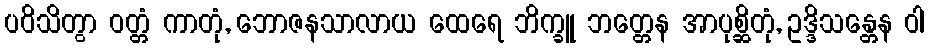
ပဝိသိတွာ ဝတ္တံ ကာတုံ, ဘောဇနသာလာယ ထေရေ ဘိက္ခူ ဘတ္တေန အာပုစ္ဆိတုံ, ဥဒ္ဒိသန္တေန ဝါ